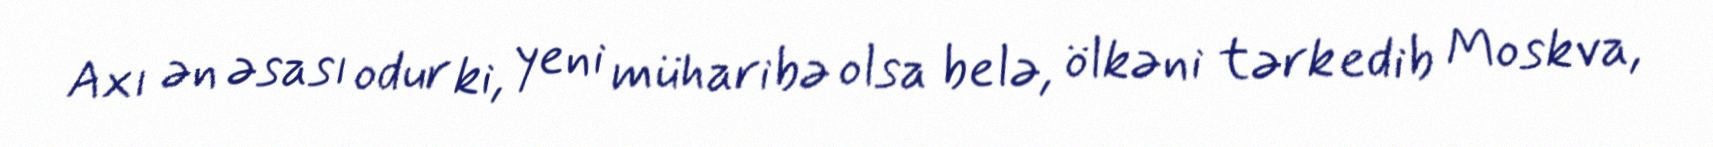
Axı ən əsası odur ki, yeni müharibə olsa belə, ölkəni tərk edib Moskva,